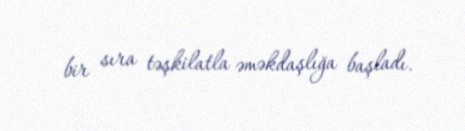
bir sıra təşkilatla əməkdaşlığa başladı.